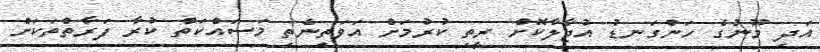
އަދި މޫނުގެ ހަންގަނޑު އުޖާލާކޮށް ރީތި ކުރުމަށް އަވަތިނެތި މަސައްކަތް ކުރާ ފަރާތްތަކަށް